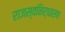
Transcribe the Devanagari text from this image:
राजस्वनिर्धारण